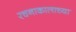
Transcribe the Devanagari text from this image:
रचनाकालाच्या